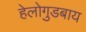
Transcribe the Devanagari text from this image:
हेलोगुडबाय